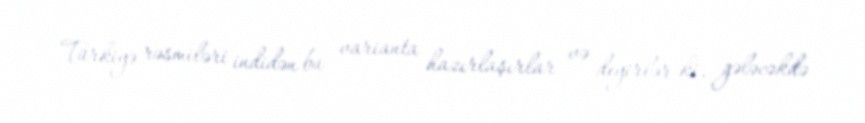
Türkiyə rəsmiləri indidən bu varianta hazırlaşırlar və deyirlər ki, gələcəkdə